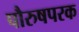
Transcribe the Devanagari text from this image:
पौरुषपरक